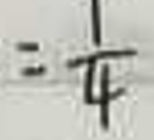
$=\frac{1}{4}$